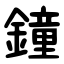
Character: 鐘